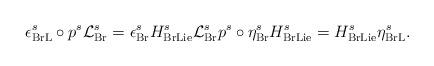
LaTeX: \begin{align*}\epsilon _{\mathrm{BrL}}^{s}\circ p^{s}\mathcal{L}_{\mathrm{Br}}^{s}=\epsilon _{\mathrm{Br}}^{s}H_{\mathrm{BrLie}}^{s}\mathcal{L}_{\mathrm{Br}}^{s}p^{s}\circ \eta _{\mathrm{Br}}^{s}H_{\mathrm{BrLie}}^{s}=H_{\mathrm{BrLie}}^{s}\eta _{\mathrm{BrL}}^{s}.\end{align*}